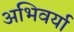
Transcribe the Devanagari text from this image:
अभिवर्या